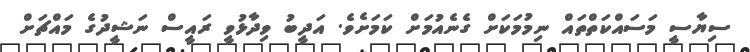
ސިޔާސީ މަސައްކަތްތައް ނިމުމަކަށް ގެނެއުމަށް ކަމަށެވެ. އަދީބު ވިދާޅުވީ ރައީސް ނަޝީދުގެ މައްޗަށް